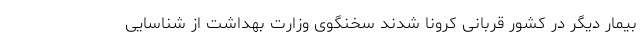
بیمار دیگر در کشور قربانی کرونا شدند سخنگوی وزارت بهداشت از شناسایی